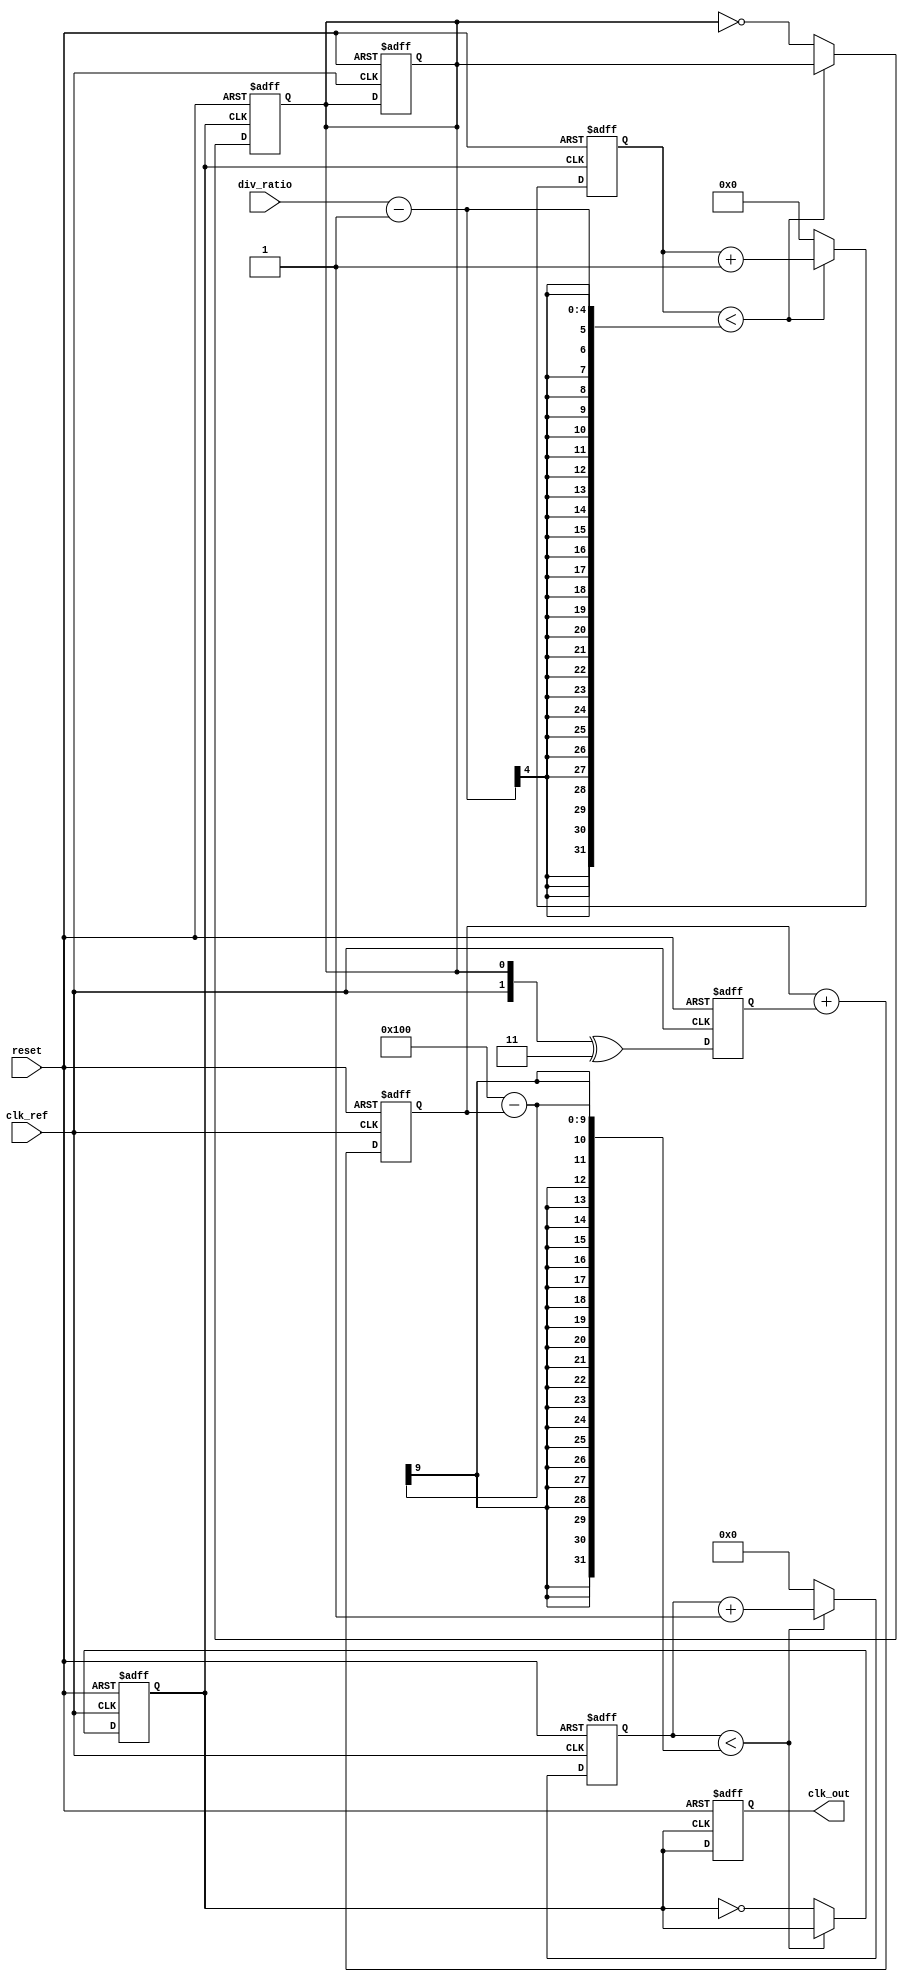
module type2_pll (
    input wire clk_ref,         // Reference clock input
    input wire reset,          // Reset signal
    output reg clk_out,        // Output clock
    input wire [3:0] div_ratio // Divider ratio for feedback
);

// Phase Detector (PD)
reg [1:0] phase_error; // Phase error signal
reg clk_feedback;       // Feedback clock signal

always @(posedge clk_ref or posedge reset) begin
    if (reset) begin
        phase_error <= 2'b00;
        clk_feedback <= 1'b0;
    end else begin
        // Simple phase detector logic (XOR for phase comparison)
        phase_error <= {clk_ref, clk_feedback} ^ 2'b11; // Example phase comparison
    end
end

// Loop Filter (LF)
reg [7:0] control_voltage; // Control voltage for VCO
always @(posedge clk_ref or posedge reset) begin
    if (reset) begin
        control_voltage <= 8'b00000000;
    end else begin
        // Simple second-order loop filter implementation
        control_voltage <= control_voltage + phase_error; // Integrate phase error
    end
end

// Voltage-Controlled Oscillator (VCO)
reg [7:0] vco_counter; // VCO counter to generate output clock
reg vco_clk;           // VCO clock signal

always @(posedge clk_ref or posedge reset) begin
    if (reset) begin
        vco_counter <= 8'b00000000;
        vco_clk <= 1'b0;
    end else begin
        // Simple VCO logic: Output frequency is controlled by control voltage
        if (vco_counter < (256 - control_voltage)) begin
            vco_counter <= vco_counter + 1;
        end else begin
            vco_counter <= 8'b00000000;
            vco_clk <= ~vco_clk; // Toggle VCO clock
        end
    end
end

// Feedback Divider
reg [3:0] div_counter; // Divider counter
always @(posedge vco_clk or posedge reset) begin
    if (reset) begin
        div_counter <= 4'b0000;
        clk_feedback <= 1'b0;
    end else begin
        if (div_counter < div_ratio - 1) begin
            div_counter <= div_counter + 1;
        end else begin
            div_counter <= 4'b0000;
            clk_feedback <= ~clk_feedback; // Toggle feedback clock
        end
    end
end

// Output Clock Generation
always @(posedge vco_clk or posedge reset) begin
    if (reset) begin
        clk_out <= 1'b0;
    end else begin
        clk_out <= vco_clk; // Output the VCO clock
    end
end

endmodule